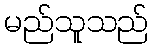
မည်သူသည်